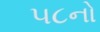
૫૮નો